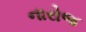
નારોજ